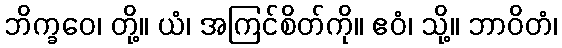
ဘိက္ခဝေ၊ တို့။ ယံ၊ အကြင်စိတ်ကို။ ဧဝံ၊ သို့။ ဘာဝိတံ၊